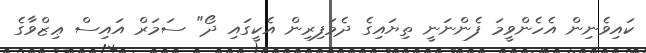
ކައިވެނިން އެހެންވީމަ ފެންނަނީ ތިޔައިގެ ދެމަފިރިން އެކީގައި ދޯ" ސަމަރް އައިސް ޢިޒްވާގެ